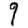
Digit: 9